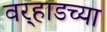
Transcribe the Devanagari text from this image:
वर्‍हाडच्या